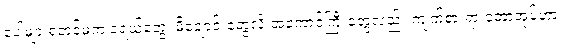
ပေါများရုံတင်မက ဒရယ်တွေ၊ မိချောင်းတွေလို အကောင်ကြီးတွေလည်း ကျက်စားရာ တောအုပ်ဟာ